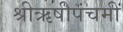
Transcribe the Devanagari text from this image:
श्रीऋषीपंचमी